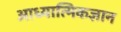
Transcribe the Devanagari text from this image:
आध्यात्मिकज्ञान